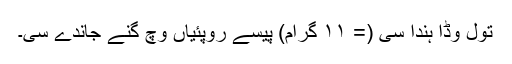
تول وڈا ہُندا سی (= ١١ گرام) پیسے روپئیاں وچ گِنے جاندے سی۔